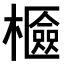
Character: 𣞘